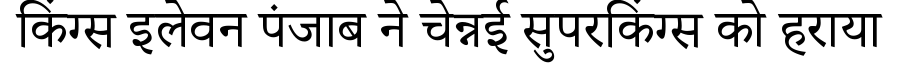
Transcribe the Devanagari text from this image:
किंग्स इलेवन पंजाब ने चेन्नई सुपरकिंग्स को हराया